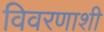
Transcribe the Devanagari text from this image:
विवरणाशी